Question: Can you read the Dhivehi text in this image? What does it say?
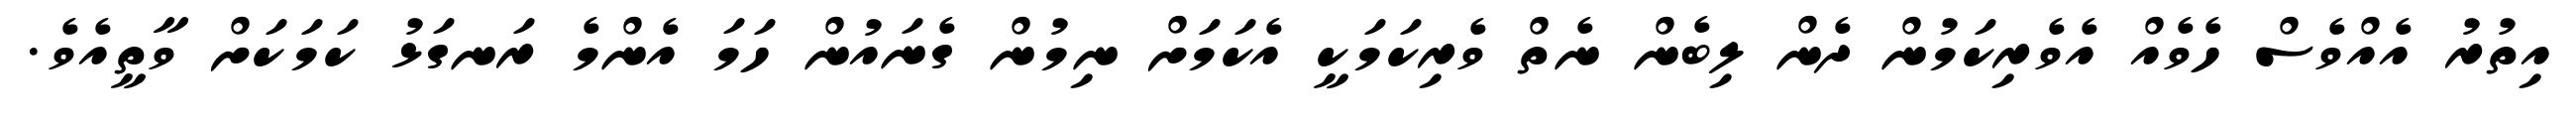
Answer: އިތުރު އެއްވެސް ހެވެއް އެވެރިކަމުން ދެން ލިބެން ނެތް ވެރިކަމަކީ އެކަމަށް ނިމުން ގެނައުން ހަމަ އެންމެ ރަނގަޅު ކަމަކަށް ވާތީއެވެ.